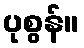
ပုစွန်။